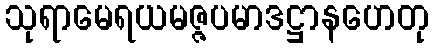
သုရာမေရယမဇ္ဇပမာဒဋ္ဌာနဟေတု